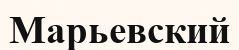
Марьевский